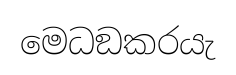
මෙධඞකරයැ